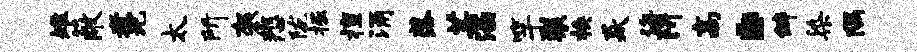
雉蔽煮圯太所袈悲陇掘擅涌落芸涵竿裂换焱诲阱高。僻染隅